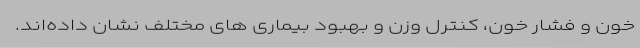
خون و فشار خون، کنترل وزن و بهبود بیماری های مختلف نشان داده‌اند.